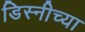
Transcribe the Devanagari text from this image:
डिस्नीच्या